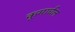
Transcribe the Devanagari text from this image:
कूमार्चल